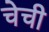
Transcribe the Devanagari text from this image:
चेची